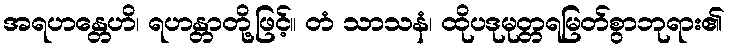
အရဟန္တေဟိ၊ ရဟန္တာတို့ဖြင့်။ တံ သာသနံ၊ ထိုပဒုမုတ္တရမြတ်စွာဘုရား၏